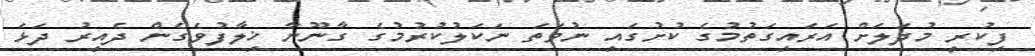
ފިކުރީ މުދަލަށް އަރައިގަތުމުގެ ކުށުގައި ނުވަތަ ނަކަލުކުރުމުގެ ގާނޫނާ ޚިލާފުވެގެން ދެއިރު ދަޅަ